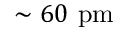
\sim 6 0 ~ \mathrm { p m }